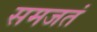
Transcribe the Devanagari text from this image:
समजतं